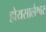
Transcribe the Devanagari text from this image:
होयसालेश्वर